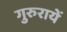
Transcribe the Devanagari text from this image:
गुरुरायें